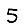
Digit: 5